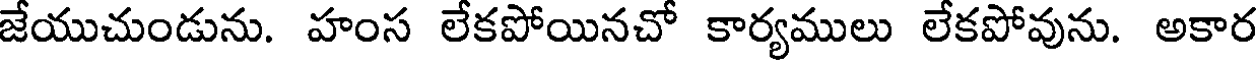
జేయుచుండును. హంస లేకపోయినచో కార్యములు లేకపోవును. అకార